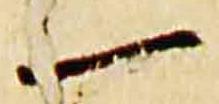
一